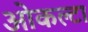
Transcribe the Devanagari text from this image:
ओकल्टा